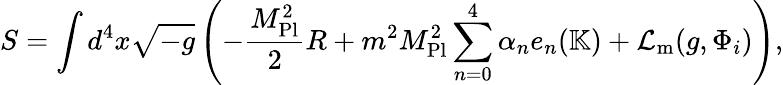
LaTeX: S=\int d^{4}x{\sqrt{-g}}\left(-{\frac{M_{\mathrm{Pl}}^{2}}{2}}R+m^{2}M_{\mathrm{Pl}}^{2}\displaystyle\sum_{n=0}^{4}\alpha_{n}e_{n}(\mathbb{K})+{\mathcal{L}}_{\mathrm{m}}(g,\Phi_{i})\right),